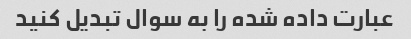
عبارت داده شده را به سوال تبدیل کنید